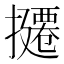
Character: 𪮸